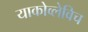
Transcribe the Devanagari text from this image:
याकोव्लेविच